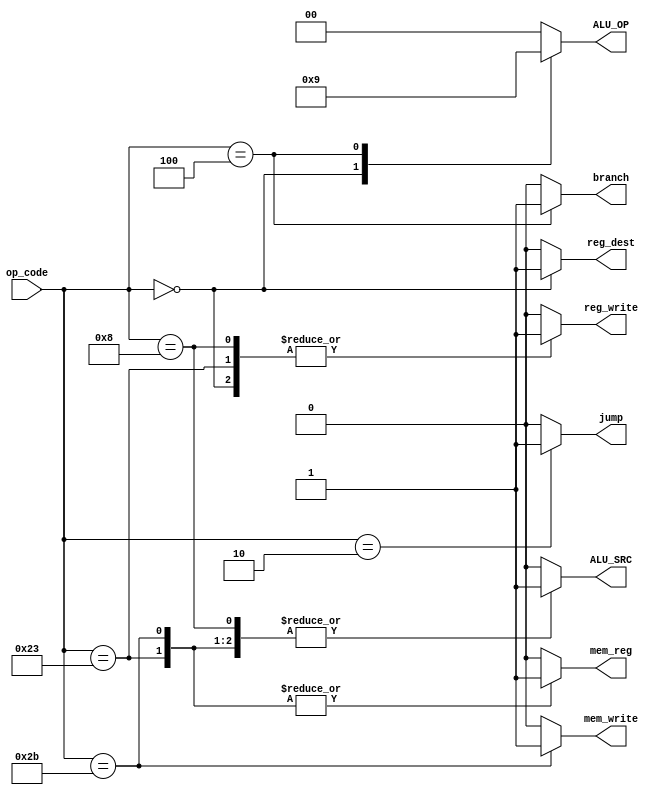
module main_decoder(input [5:0]op_code,
output reg mem_reg,
output reg mem_write,
output reg branch,
output reg reg_dest,
output reg reg_write,
output reg ALU_SRC,
output reg jump,
output reg [1:0] ALU_OP);
/*micro processor instruction set ISA*/
always @(*)
begin
case(op_code)
//load word instruction 
6'b10_0011:
begin
mem_reg=1'b1;
mem_write=1'b0;
branch=1'b0;
reg_dest=1'b0;
reg_write=1'b1;
ALU_SRC=1'b1;
jump=1'b0;
ALU_OP=2'b00;
end
//store word instruction
6'b10_1011:
begin
mem_reg=1'b1;
mem_write=1'b1;
branch=1'b0;
reg_dest=1'b0;
reg_write=1'b0;
ALU_SRC=1'b1;
jump=1'b0;
ALU_OP=2'b00;
end
//rtype
6'b00_0000:
begin
mem_reg=1'b0;
mem_write=1'b0;
branch=1'b0;
reg_dest=1'b1;
reg_write=1'b1;
ALU_SRC=1'b0;
jump=1'b0;
ALU_OP=2'b10; 
end
//add immediate instruction
6'b00_1000:
begin
mem_reg=1'b0;
mem_write=1'b0;
branch=1'b0;
reg_dest=1'b0;
reg_write=1'b1;
ALU_SRC=1'b1;
jump=1'b0;
ALU_OP=2'b00;
end
//branch if equal instruction
6'b00_0100:
begin
mem_reg=1'b0;
mem_write=1'b0;
branch=1'b1;
reg_dest=1'b0;
reg_write=1'b0;
ALU_SRC=1'b0;
jump=1'b0;
ALU_OP=2'b01;
end
//jump instruction
6'b00_0010:
begin
mem_reg=1'b0;
mem_write=1'b0;
branch=1'b0;
reg_dest=1'b0;
reg_write=1'b0;
ALU_SRC=1'b0;
jump=1'b1;
ALU_OP=2'b00;
end
default:
begin
mem_reg=1'b0;
mem_write=1'b0;
branch=1'b0;
reg_dest=1'b0;
reg_write=1'b0;
ALU_SRC=1'b0;
jump=1'b0;
ALU_OP=2'b00;
end
endcase
end

endmodule